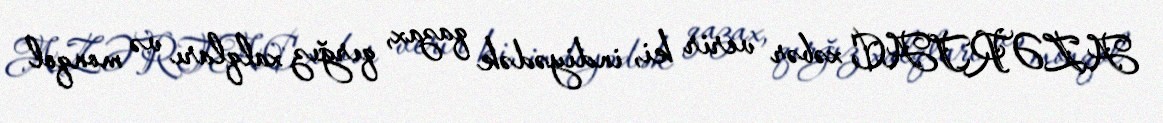
AZƏRTAC xəbər verir ki, indiyədək qazax, qırğız xalqları və monqol